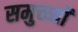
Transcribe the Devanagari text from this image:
समुच्च्यों